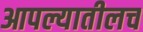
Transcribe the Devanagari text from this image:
आपल्यातीलच